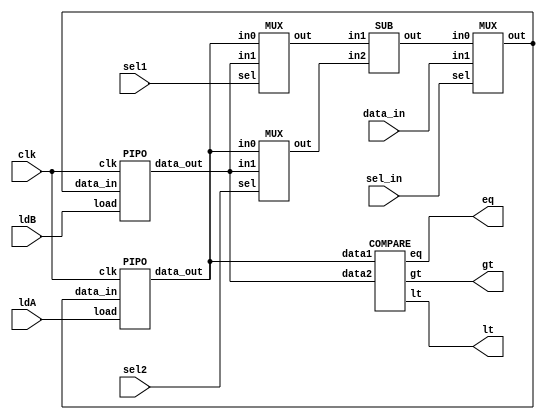
module GCD_datapath(gt,lt,eq,ldA,ldB,sel1,sel2,sel_in,data_in,clk);
input ldA,ldB,sel1,sel2,sel_in,clk;
input [15:0] data_in;
output gt,lt,eq;
wire [15:0] Aout,Bout,X,Y,Bus,Subout;
PIPO A (Aout,Bus,ldA,clk);
PIPO B (Bout,Bus,ldB,clk);
MUX MUX_in1 (X,Aout,Bout,sel1);
MUX MUX_in2 (Y,Aout,Bout,sel2);
MUX MUX_load (Bus,Subout,data_in,sel_in);
SUB SB (Subout,X,Y);
COMPARE COMP (lt,gt,eq,Aout,Bout);
endmodule

module PIPO (data_out,data_in,load,clk);
input [15:0] data_in;
input load,clk;
output reg [15:0] data_out;
always @(posedge clk)
if (load) data_out<=data_in;
endmodule

module SUB (out,in1,in2);
input [15:0] in1,in2;
output reg [15:0] out;
always @(*)
out=in1-in2;
endmodule

module COMPARE (lt,gt,eq,data1,data2);
input [15:0] data1,data2;
output lt,gt,eq;
assign lt=data1<data2;
assign gt=data1>data2;
assign eq=data1==data2;
endmodule

module MUX (out,in0,in1,sel);
input [15:0] in0,in1;
input sel;
output [15:0] out;
assign out=sel ? in1:in0;
endmodule

module controller (ldA,ldB,sel1,sel2,sel_in,done,clk,lt,gt,eq,start);
input clk,lt,gt,eq,start;
output reg ldA,ldB,sel1,sel2,sel_in,done;
reg [2:0] state;
parameter s0=3'b000,s1=3'b001,s2=3'b010,s3=3'b011,s4=3'b100,s5=3'b101;
always @(posedge clk)
begin
case (state)
s0: if (start) state<=s1;
s1:state<=s2;
s2:#2 if(eq) state<=s5;
   else if (lt) state<=s3;
   else if (gt) state<=s4;
s3:#2 if (eq) state<=s5;
   else if (lt) state<=s3; 
   else if (gt) state<=s4;
s4:#2 if (eq) state<=s5;
   else if (lt) state<=s3;
   else if (gt) state<=s4;
s5: state<=s5;
default:state<=s0;
endcase
end

always  @(state)
begin
case (state)
s0:begin sel_in=1;ldA=1;ldB=0;done=0;end
s1:begin sel_in=1;ldA=0;ldB=1;end
s2:if (eq) done=1;
   else if (lt) begin
  sel1=1;sel2=0;sel_in=0;
  #1 ldA=0; ldB=1;
   end
  else if (gt) begin
    sel1=0; sel2=1; sel_in=0;
    #1 ldA=1;ldB=0;
  end
s3: if (eq) done=1;
   else if (lt) begin
  sel1=1; sel2=0; sel_in=0;
  #1 ldA=0; ldB=1;
 end
 else if (gt) begin
  sel1=0; sel2=1; sel_in=0;
 #1 ldA=1; ldB=0;
 end
s4: if (eq) done=1;
else if (lt) begin
sel1=1; sel2=0; sel_in=0;
#1 ldA=0; ldB=1;
end
else if (gt) begin
sel1=0; sel2=1; sel_in=0;
#1 ldA=1; ldB=0;
end
s5: begin
done=1; sel1=0; sel2=0; ldA=0;
ldB=0;
end
default:begin ldA=0; ldB=0; end
endcase
end
endmodule